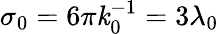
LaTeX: \sigma_{0}=6\pi\mathit{k}_{0}^{-1}=3\lambda_{0}